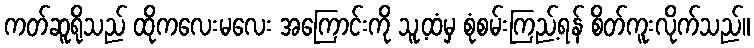
ကတ်ဆူရိုသည် ထိုကလေးမလေး အကြောင်းကို သူ့ထံမှ စုံစမ်းကြည့်ရန် စိတ်ကူးလိုက်သည်။